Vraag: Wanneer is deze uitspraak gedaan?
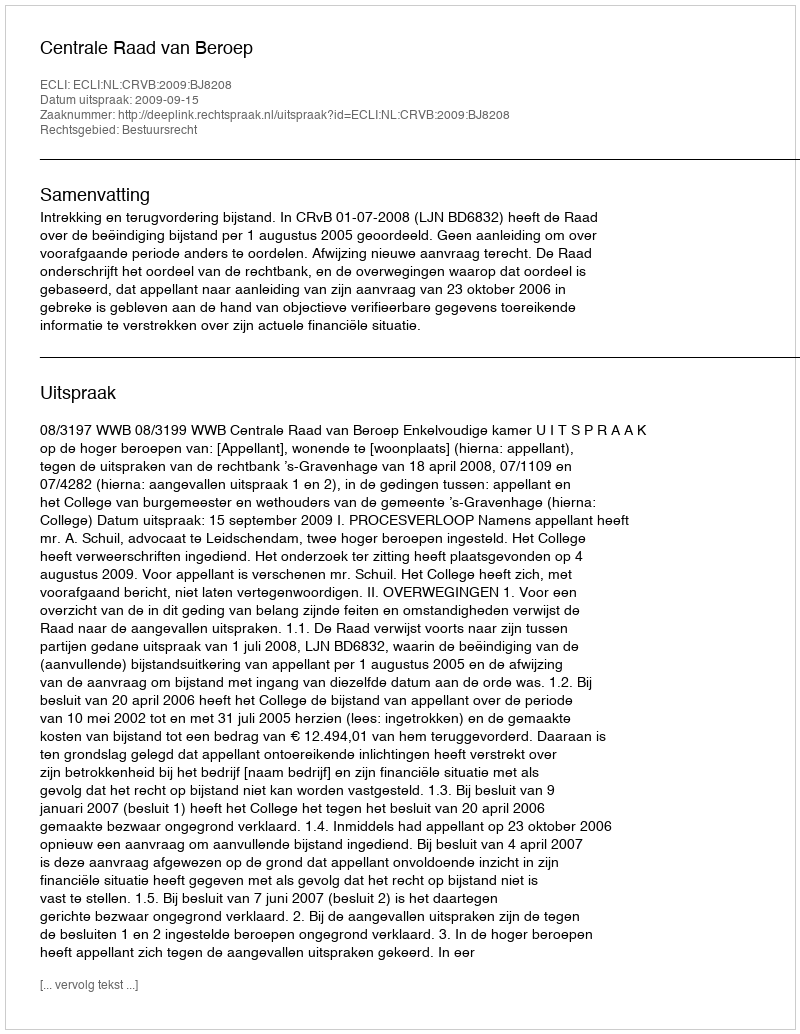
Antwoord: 2009-09-15